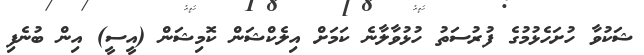
ޝަކުވާ ހުށަހެޅުމުގެ ފުރުސަތު ހުޅުވާލާނެ ކަމަށް އިލެކްޝަން ކޮމިޝަން (އީސީ) އިން ބުނެފި